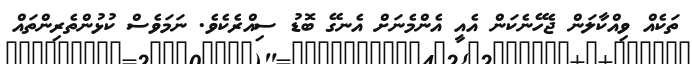
ތަކެއް ވިއްކާލަން ޖެހޭނެކަން އެއީ އެންމެނަށް އެނގޭ ބޮޑު ސިއްރެކެވެ. ނަމަވެސް ކުޅުންތެރިންތައް